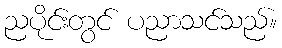
ညပိုင်းတွင် ပညာသင်သည်။